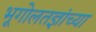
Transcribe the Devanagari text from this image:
भूगोलतज्ञांच्या